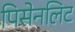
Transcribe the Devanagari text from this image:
पिसेनलिट